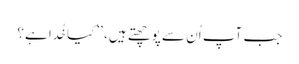
جب آپ اُن سے پوچھتے ہیں، ’’کیا خُدا ہے؟